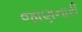
જાણનારી